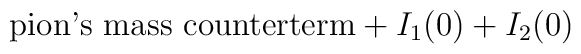
\mbox{pion's mass counterterm} +I_1(0) + I_2(0)